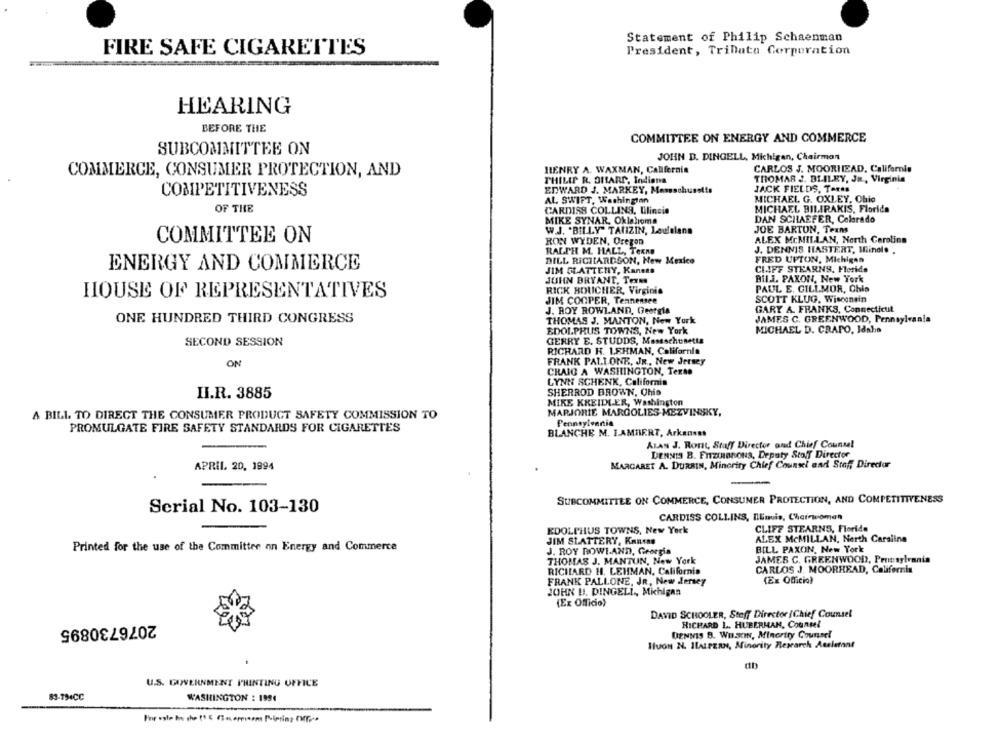
Statement of Philip Schaenman
FIRE SAFE CIGARETTES
President, TriData Corporation
HEARING
BEFORE THE
COMMITTEE ON ENERGY AND COMMERCE
SUBCOMMITTEE ON
JOHN D. DINGELL, Michigan, Chairman
HENRY A. WAXMAN, California
CARLOS J. MOORHEAD, California
COMMERCE, CONSUMER PROTECTION, AND
PHILIP R. OMARS, Indiana
THOMAS J. BLILEY, JR ., Virginia
COMPETITIVENESS
EDWARD J. MARKEY, Massachusetts
JACK FIELDS, Teres
AL SWIFT, Washington
MICHAEL G. OXLEY, Ohio
OF THE
MICHAEL BILIRAKIS, Florida
CARDISS COLLINS, Ulincie
MIKE SYNAR, Oklahoma
DAN SCHAEFER, Colorado
W.J. "BILLY" TAUZIN, Leutelans
JOE BARTON, Texas
COMMITTEE ON
RON WYDEN, Oregon
ALEX McMILLAN, North Carolina
RALPH M. HALL, Texne
J. DENNIS HASTERT, Minol. .
BILL RICHARDSON, New Mexico
FRED UPTON, Michigan
ENERGY AND COMMERCE
CLIFF STEARNS, Florida
JIM SLATTERY, Kanets
JOHN BRYANT, Terms
Bil.J. PAXON, New York
RICK BOUCHER, Virginia
PAUL E. GILLMOR, Chio
HOUSE OF REPRESENTATIVES
JIM COOPER, Tennensee
SCOTT KLUG, Wisconsin
J. ROY ROWLAND, Georgia
GARY A. FRANKS, Connecticut
ONE HUNDRED THIRD CONGRESS
THOMAS J. MANTON, New York
JAMES C. GREENWOOD, Pennsylvania
EDOLPRUS TOWNS, New York
MICHAEL D. CRAPO, Idaho
SECOND SESSION
GERRY E. STUDDS, Maseschusetts
RICHARD H. LEHMAN, California
ON
FRANK PALLONE, JR ., New Jersey
CRAIG A WASHINGTON, Texto
LYNN SCHENK, California
SHERROD BROWN, Chis
II.R. 3885
MIKE KREIDLER, Washington
A BILL TO DIRECT THE CONSUMER PRODUCT SAFETY COMMISSION TO
MARJORIE MARGOLIES-MEZVINSKY,
Pennsylvania
PROMULGATE FIRE SAFETY STANDARDS FOR CIGARETTES
BLANCHE M. LAMBERT, Arkansas
ALAN J. Ront, Staff Director and Chief Counsel
DENNIS B. FIZIHIBnous, Deputy Stoff Director
APRIL, 20, 1994
MARGARET A. DURBIN, Minority Chief Counsel and Staff Director
SUBCOMMITTEE ON COMMERCE, CONSUMER PROTECTION, AND COMPETITIVENESS
Serial No. 103-130
CARDISS COLLINS, DEmuis, Chairwoman
EDOLPHUS TOWNS, New York
CLIFF STEARNS, Florida
JIM SLATTERY, Kantse
ALEX McMILLAN, North Caraline
Printed for the use of the Committee on Energy and Commerce
BILL PAXON, New York
J. ROY ROWLAND, Georgia
THOMAS J. MANTUN, New York
JAMES C. GREENWOOD, Pennsylvania
RICHARD H. LEHMAN, California
CARLOS J. MOORHEAD, California
FRANK PALLONE, JR, New Jersey
(Ex Officio)
JOHN U. DINGELL, Michigan
(Ex Officio)
DAVID SCHOOLER, Stoff Director /Chief Counsel
2076730895
RICHARD L. HUBERMAN, Counsel
DENNIS B. WH.scIN, Minority Counsel
HUON N. ILALPERN, Minority Research Asalerant
U.S. GOVERNMENT PRINTING OFFICE
83-194CC
WASHINGTON : 1994